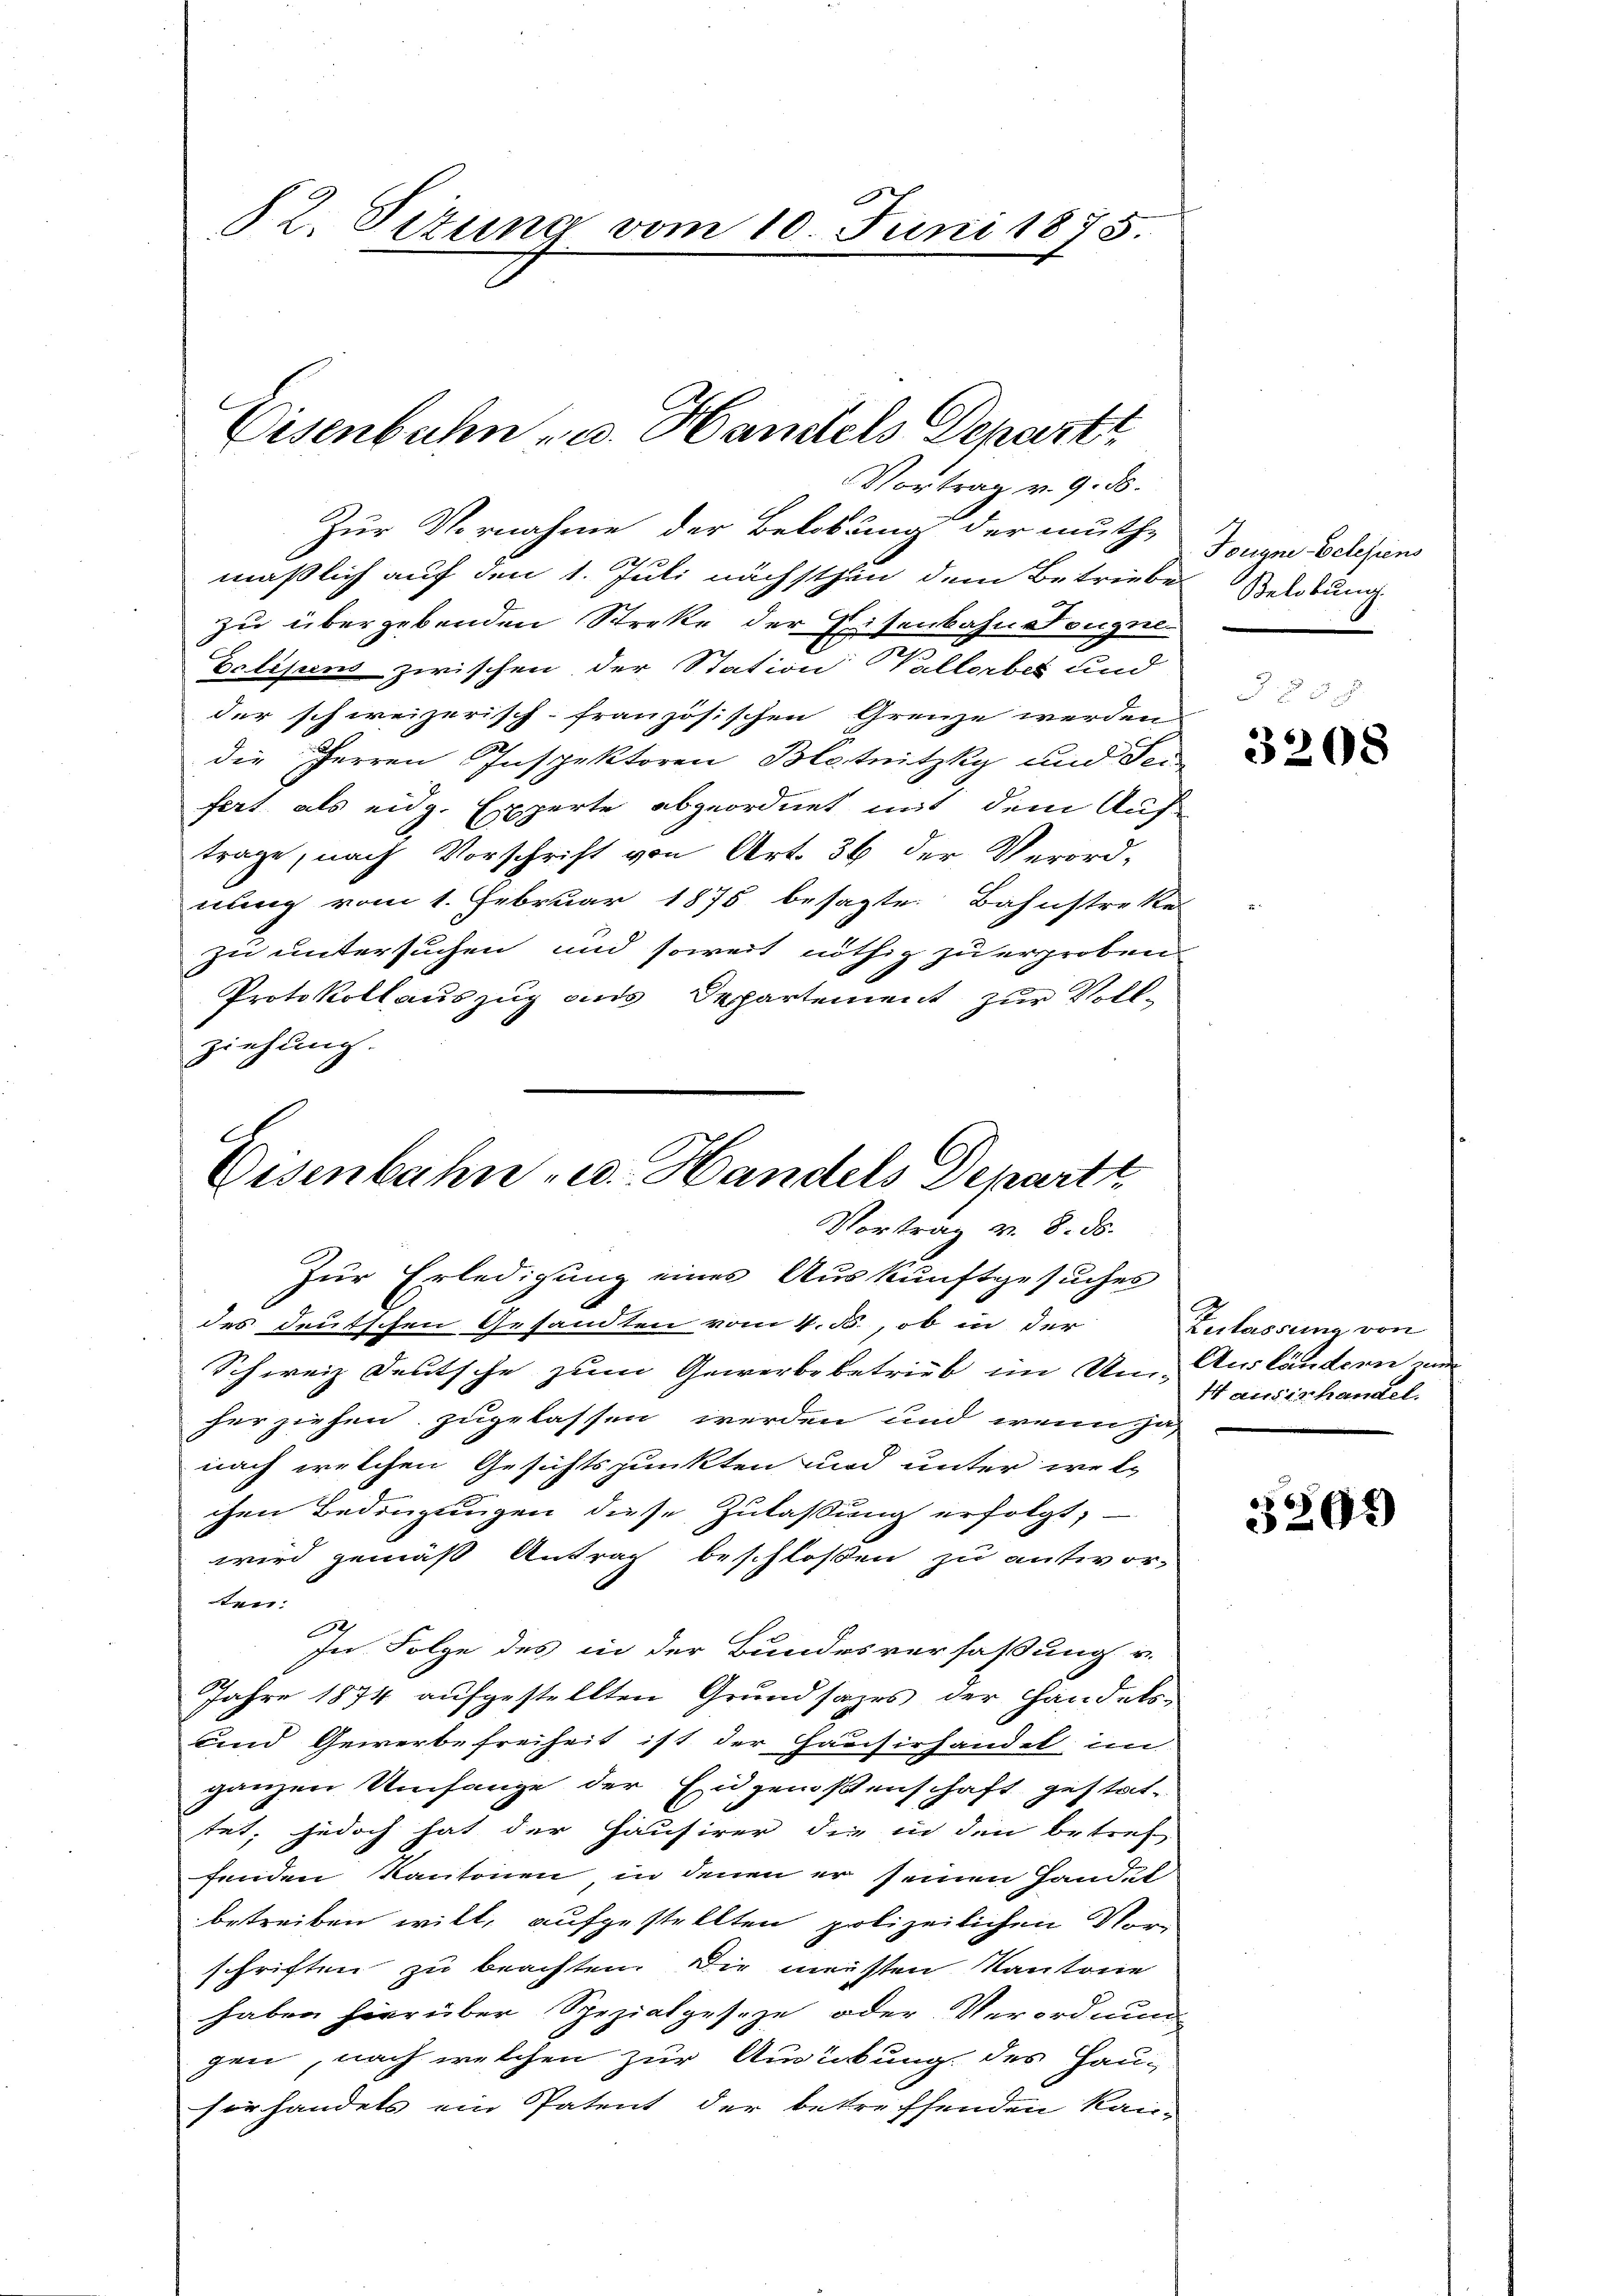
82. Titung vom 10. Juni 1875.

Eisenbahn - u. Handels Departt
Vortrag v. 9. ds.

Zur Vornahme der Belobung der muthmaßlich auf den 1. Juli nächsthin dem Betriebe
zu übergebenden Streke der Eisenbahnstougne
Eelijuns zwischen der Station Vallerbet und
der schweizerisch-französischen Grenze werden
die Herren Inspektoren Blotnitzky und Sei
fert als eidg. Experte abgeordnet mit dem Auf-
trage, nach Vorschrift von Art. 36 der Verord-
nung vom 1. Februar 1875 besagte Bahnstreke
zu untersuchen und soweit nöthig zu erproben
Protokollauszug aus Departement zur Vollziehung.
Zur Erledigung eines Auskunftgesuches
des deutschen Gesandten vom 4. M., ob in der
Schweiz deutsche zum Gewerbebetrieb im Um-Ausländern ein
herziehen zugelassen werden und wenn ja,
nach welchen Gesichtspunkten und unter welchen Bedingungen diese Zulassung erfolgt,
wird gemäß Antrag beschlossen zu antwor-
en:
.
In Folge des in der Bundesverfaßung u.
Jahre 1874 aufgestellten Grundsazes der Handels-
und Gewerbe freiheit ist der Hausirhandel, im
ganzen Umfange der Engenoßenschaft gestat-
tet; jedoch hat der Hausirer die in den betref-
fenden Kantonen, in denen er seinen Handel
betreiben will, aufgestellten polizeilichen Vorschriften zu beachten. Die meisten Kantone
haben hierüber Spezialgeseze oder Verordnung
gen, nach welchen zur Ausübung des Hau-
sorhandels ein Patent der betreffenden Kan-

Eisenbahn u. Handels Depart
Vortrag v. 8. ds.

Tougne-Eclesiens
Belobung.

3208

Zerfassung von
Hausirhandel.

3202